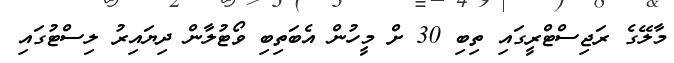
މާލޭގެ ރަޖިސްޓްރީގައި ތިބި 30 ށް މީހުން އެބަތިބި ވޯޓުލާން ދިޔައިރު ލިސްޓުގައި